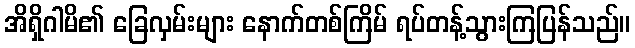
အိရှိဂါမိ၏ ခြေလှမ်းများ နောက်တစ်ကြိမ် ရပ်တန့်သွားကြပြန်သည်။